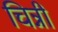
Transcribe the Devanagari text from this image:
चिन्नी